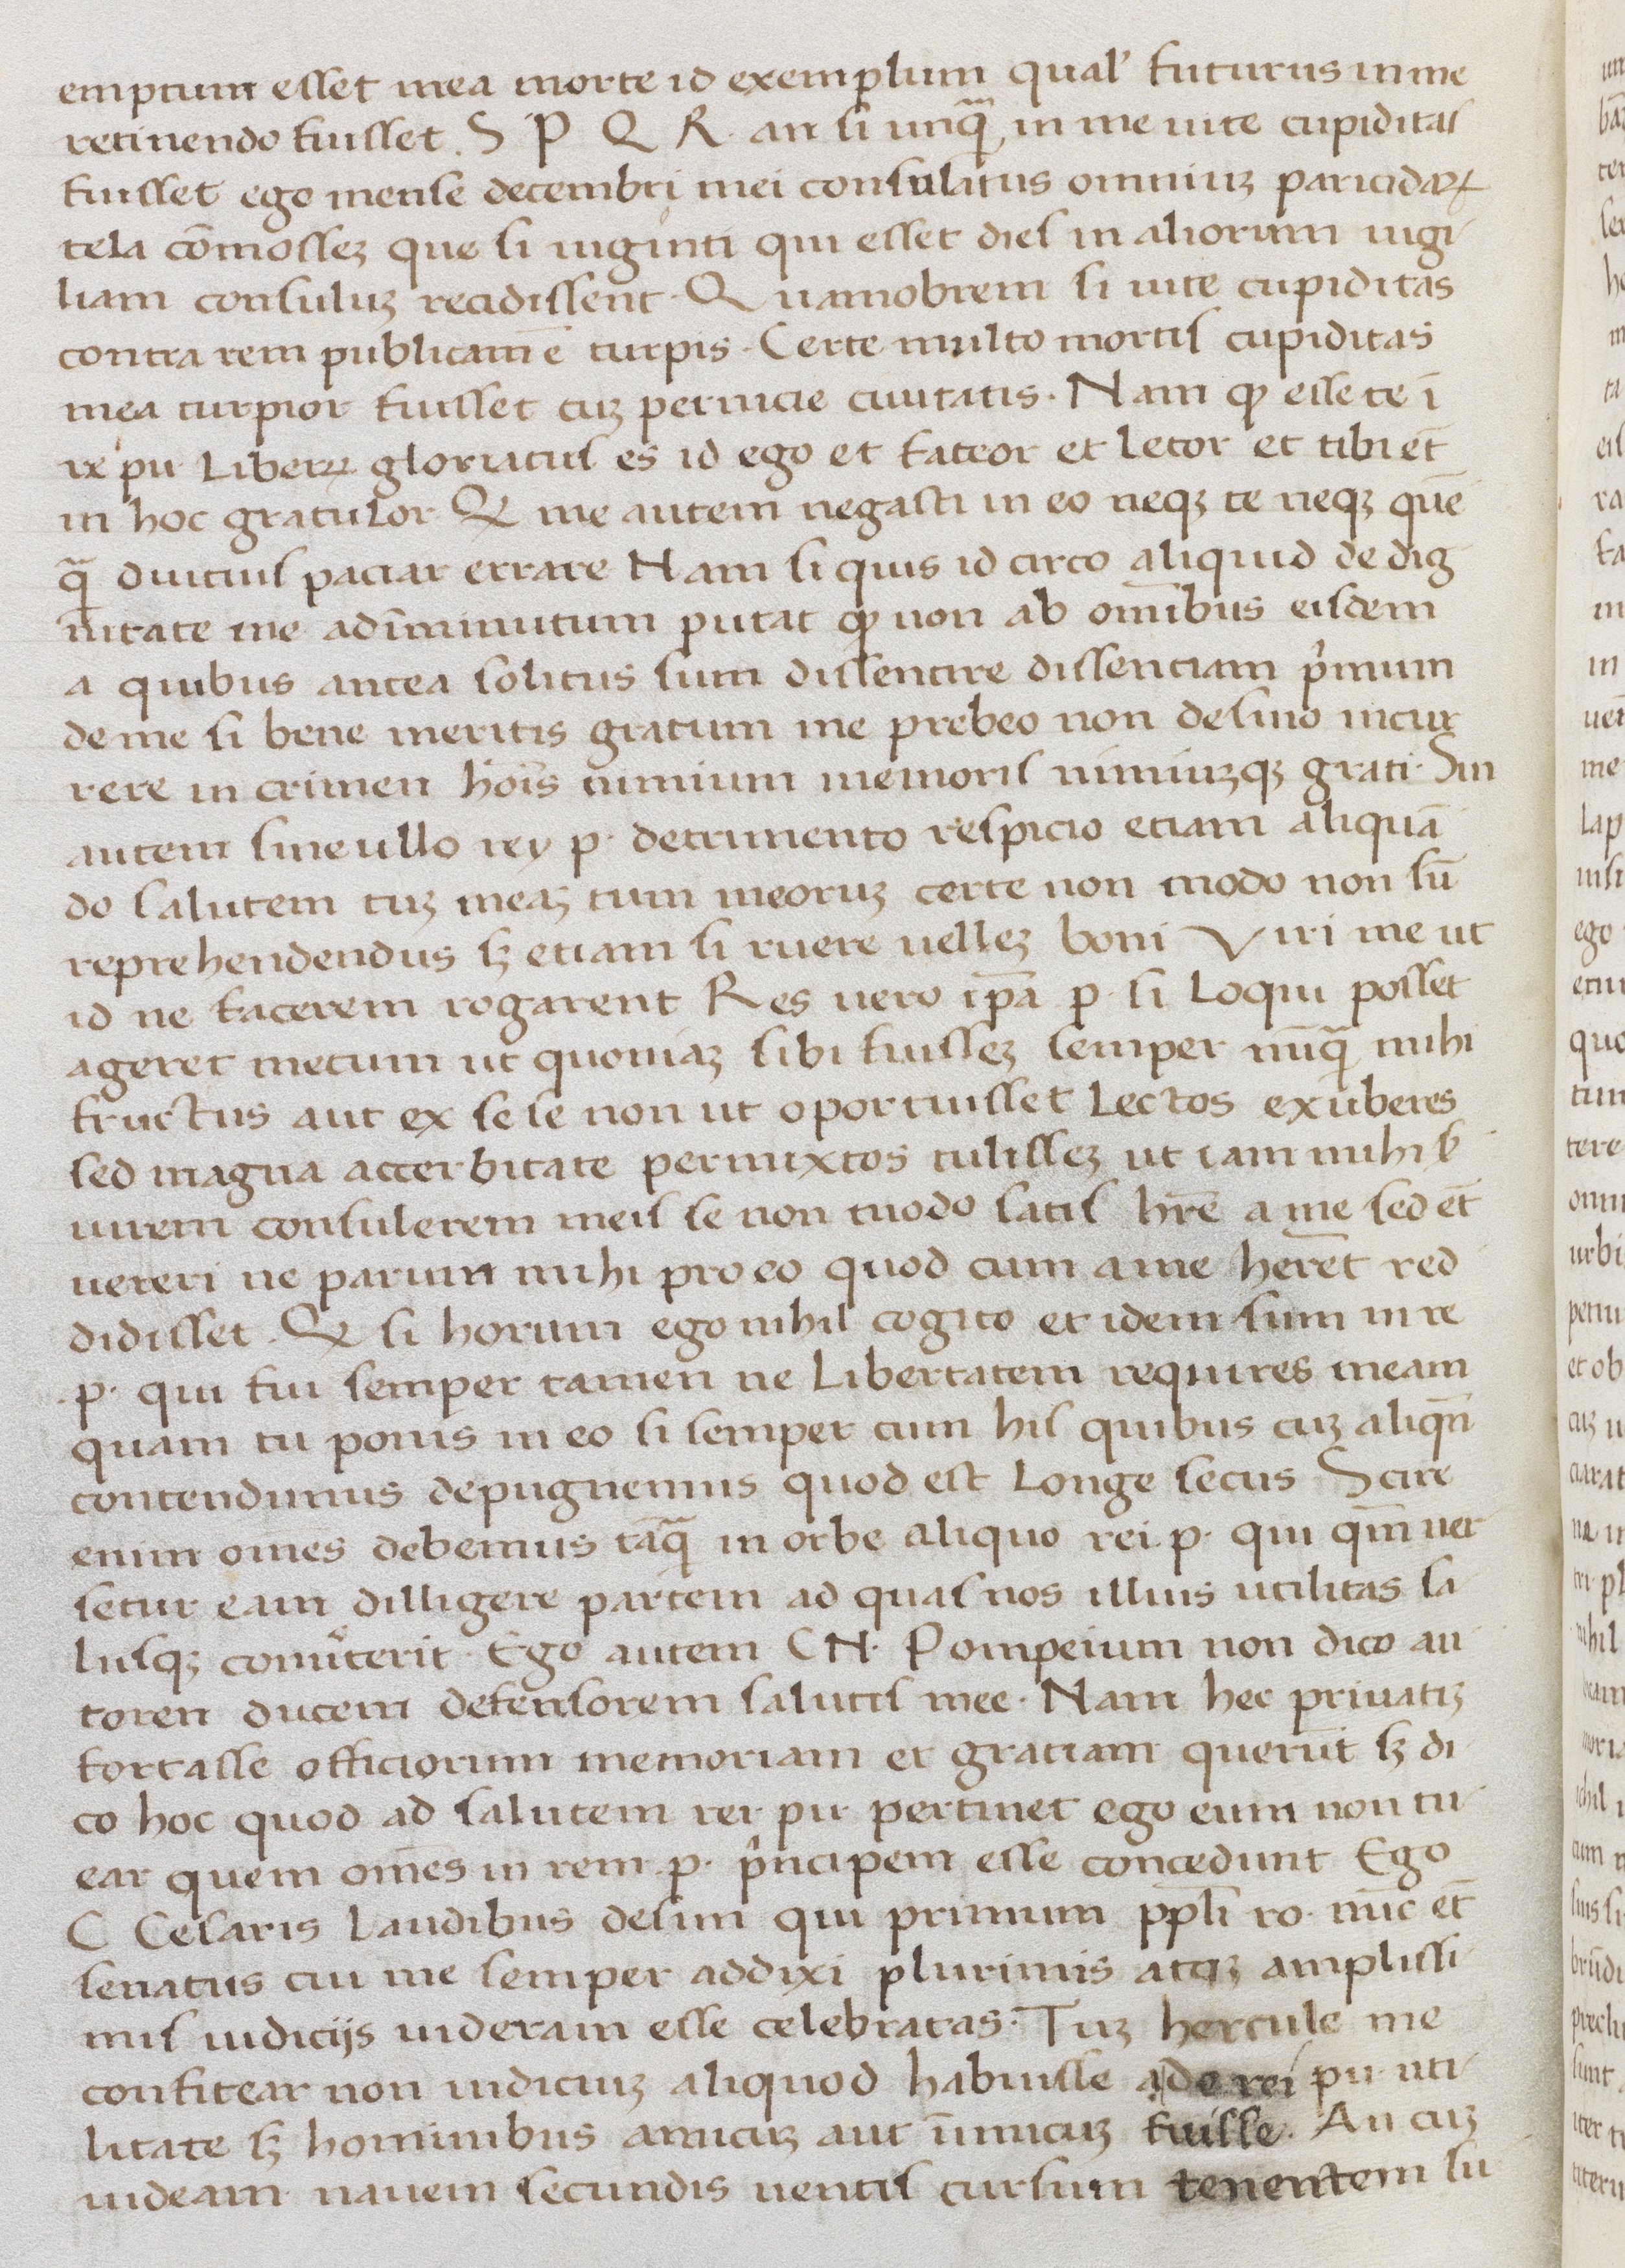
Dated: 1400–1499